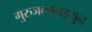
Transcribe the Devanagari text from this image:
गुरुजन्नलइयुन